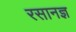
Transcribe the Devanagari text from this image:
रसानज्ञ